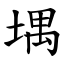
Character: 堣